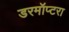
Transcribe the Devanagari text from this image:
डरमॉप्टरा